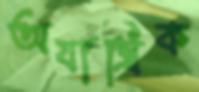
অযান্ত্রিক